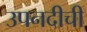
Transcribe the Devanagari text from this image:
उपनदीची